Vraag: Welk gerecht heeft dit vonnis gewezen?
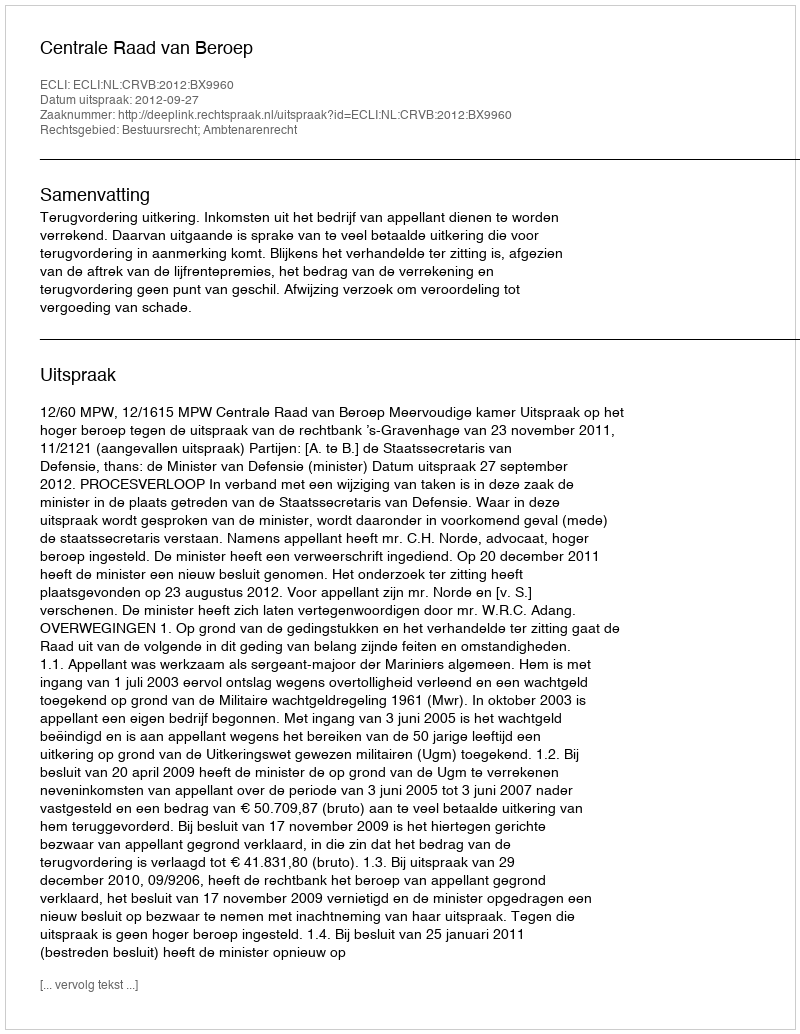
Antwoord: Centrale Raad van Beroep